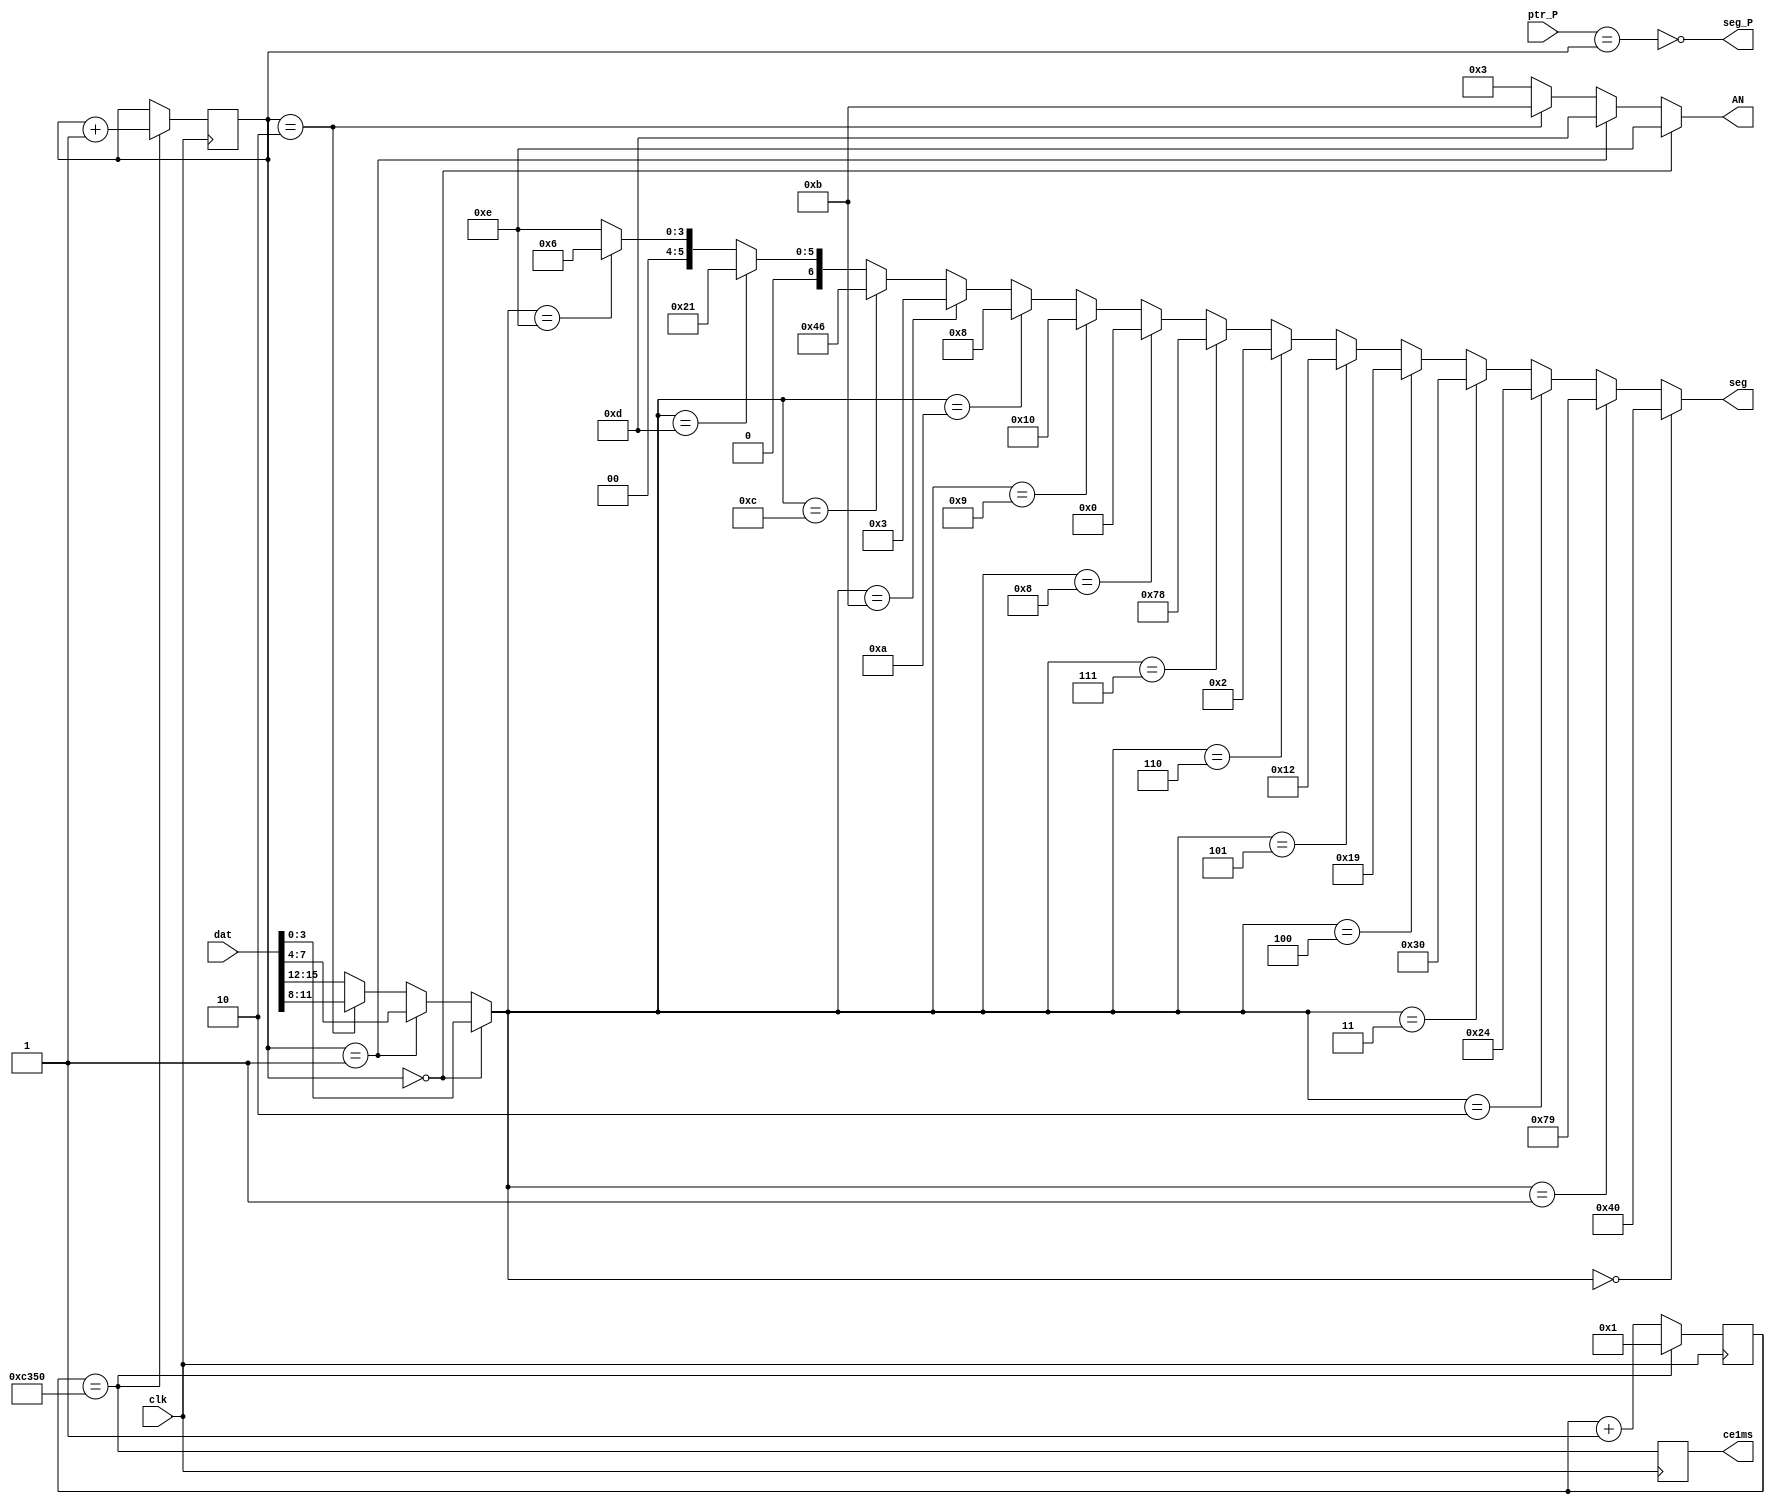
`timescale 1ns / 1ps
//////////////////////////////////////////////////////////////////////////////////
// Company: 
// Engineer: 
// 
// Design Name: 
// Module Name:    DISPLAY 
// Project Name: 
// Target Devices: 
// Tool versions: 
// Description: 
//
// Dependencies: 
//
// Revision: 
// Revision 0.01 - File Created
// Additional Comments: 
//
//////////////////////////////////////////////////////////////////////////////////
module DISPLAY( input clk,          output wire[3:0] AN,    //
                input [15:0]dat,    output wire[6:0] seg,   //
                input [1:0]ptr_P, 	output wire seg_P,      //
                                    output reg ce1ms=0);

    parameter Fclk=50000;   //50000 kHz
    parameter F1kHz=1;      //1 kHz
    
    reg [15:0] cb_1ms = 0;
    
    wire ce = (cb_1ms == Fclk/F1kHz);
    
    //-------  ce1ms ( 1 ,  Tclk=20 ) --------
    always @ (posedge clk) begin
        cb_1ms <= ce? 1 : cb_1ms + 1;
        ce1ms <= ce;
    end
    
    //------   -----------------------------------------
    reg [1:0]cb_dig=0;
    always @ (posedge clk) if (ce) begin
        cb_dig <= cb_dig + 1;
    end
    
    //------- -------------
    assign AN = (cb_dig==0)? 4'b1110 : //  0 ()
                (cb_dig==1)? 4'b1101 : //  1
                (cb_dig==2)? 4'b1011 : //  2
                             4'b011;   //  3 ()
    
    //-------  (HEX )-------------
    wire[3:0] dig = (cb_dig==0)? dat[3:0]:
                    (cb_dig==1)? dat[7:4]:
                    (cb_dig==2)? dat[11:8]: dat[15:12];
    
    //------- ----------
    assign seg =    (dig == 0)  ? 7'b1000000 : //0 a
                    (dig== 1)   ? 7'b1111001 : //1 f| |b
                    (dig== 2)   ? 7'b0100100 : //2 g
                    (dig== 3)   ? 7'b0110000 : //3 e| |c
                    (dig== 4)   ? 7'b0011001 : //4 d
                    (dig== 5)   ? 7'b0010010 : //5
                    (dig== 6)   ? 7'b0000010 : //6
                    (dig== 7)   ? 7'b1111000 : //7
                    (dig== 8)   ? 7'b0000000 : //8
                    (dig== 9)   ? 7'b0010000 : //9
                    (dig==10)   ? 7'b0001000 : //A
                    (dig==11)   ? 7'b0000011 : //b
                    (dig==12)   ? 7'b1000110 : //C
                    (dig==13)   ? 7'b0100001 : //d
                    (dig==14)   ? 7'b0000110 : //E
                                  7'b0001110; //F
    
    //------- -------
    assign seg_P = !(ptr_P == cb_dig);
    
endmodule